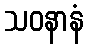
သဝနာနံ